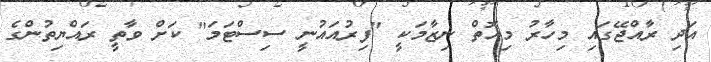
އަދި ރާއްޖޭގައި މިހާރު މިއޮތް ނިޒާމަކީ "ފިރުއައުނީ ސިސްޓަމަ" ކަށް ވާތީ ރައްޔިތުންގެ